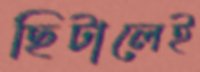
ছিটালেই